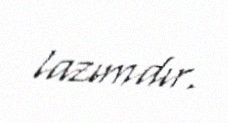
lazımdır.